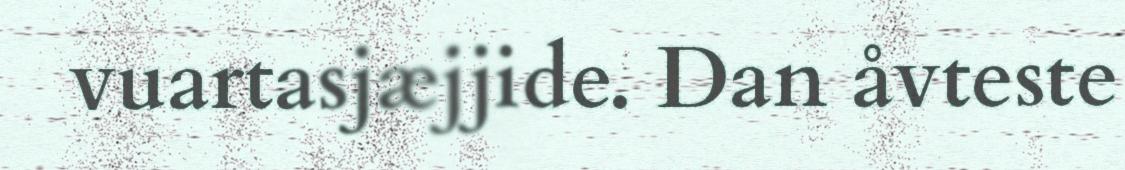
vuartasjæjjide. Dan åvteste